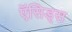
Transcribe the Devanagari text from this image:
ऍसिड्स